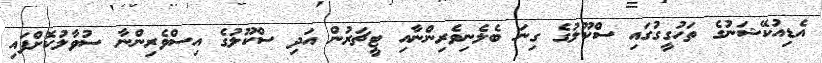
އެޑިއުކޭޝަނުގެ ތަހުގީގުގައި ސްކޫލުގެ ގިނަ ބެލެނިވެރިންނާއި ޓީޗަރުން އަދި ސްކޫލުގެ އިސްވެރިންނާ ސުވާލުކޮށްފައި